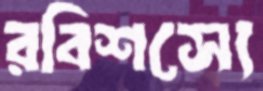
রবিশস্যে